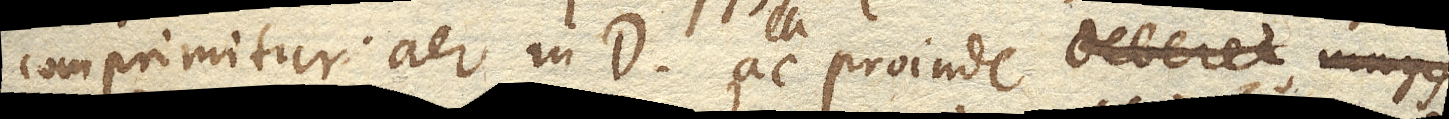
comprimitur aer in D. ac proinde deberet magis